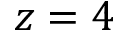
z = 4